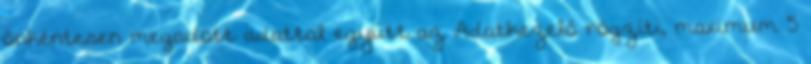
önkéntesen megadott adattal együtt az Adatkezelő rögzíti, maximum 5